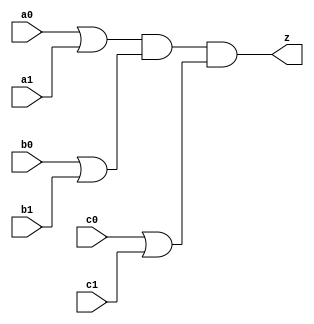
//#############################################################################
//# Function: Or-And (oa222) Gate                                             #
//# Copyright: Lambda Project Authors. All rights Reserved.                   #
//# License:  MIT (see LICENSE file in Lambda repository)                     #
//#############################################################################

module la_oa222 #(
    parameter PROP = "DEFAULT"
) (
    input  a0,
    input  a1,
    input  b0,
    input  b1,
    input  c0,
    input  c1,
    output z
);

    assign z = (a0 | a1) & (b0 | b1) & (c0 | c1);

endmodule